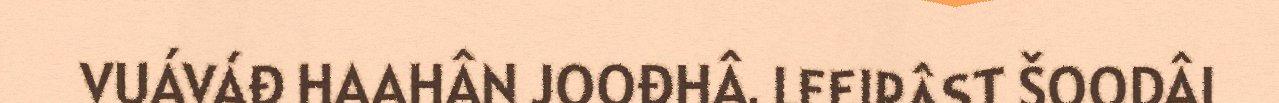
VUÁVÁĐ HAAHÂN JOOĐHÂ. LEEIRÂST ŠOODÂI